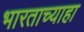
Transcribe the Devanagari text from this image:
भारताच्याहा